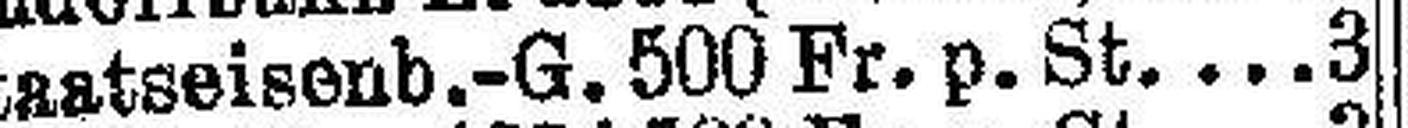
Staatseisenb.-G. 500 Fr. p. St.3